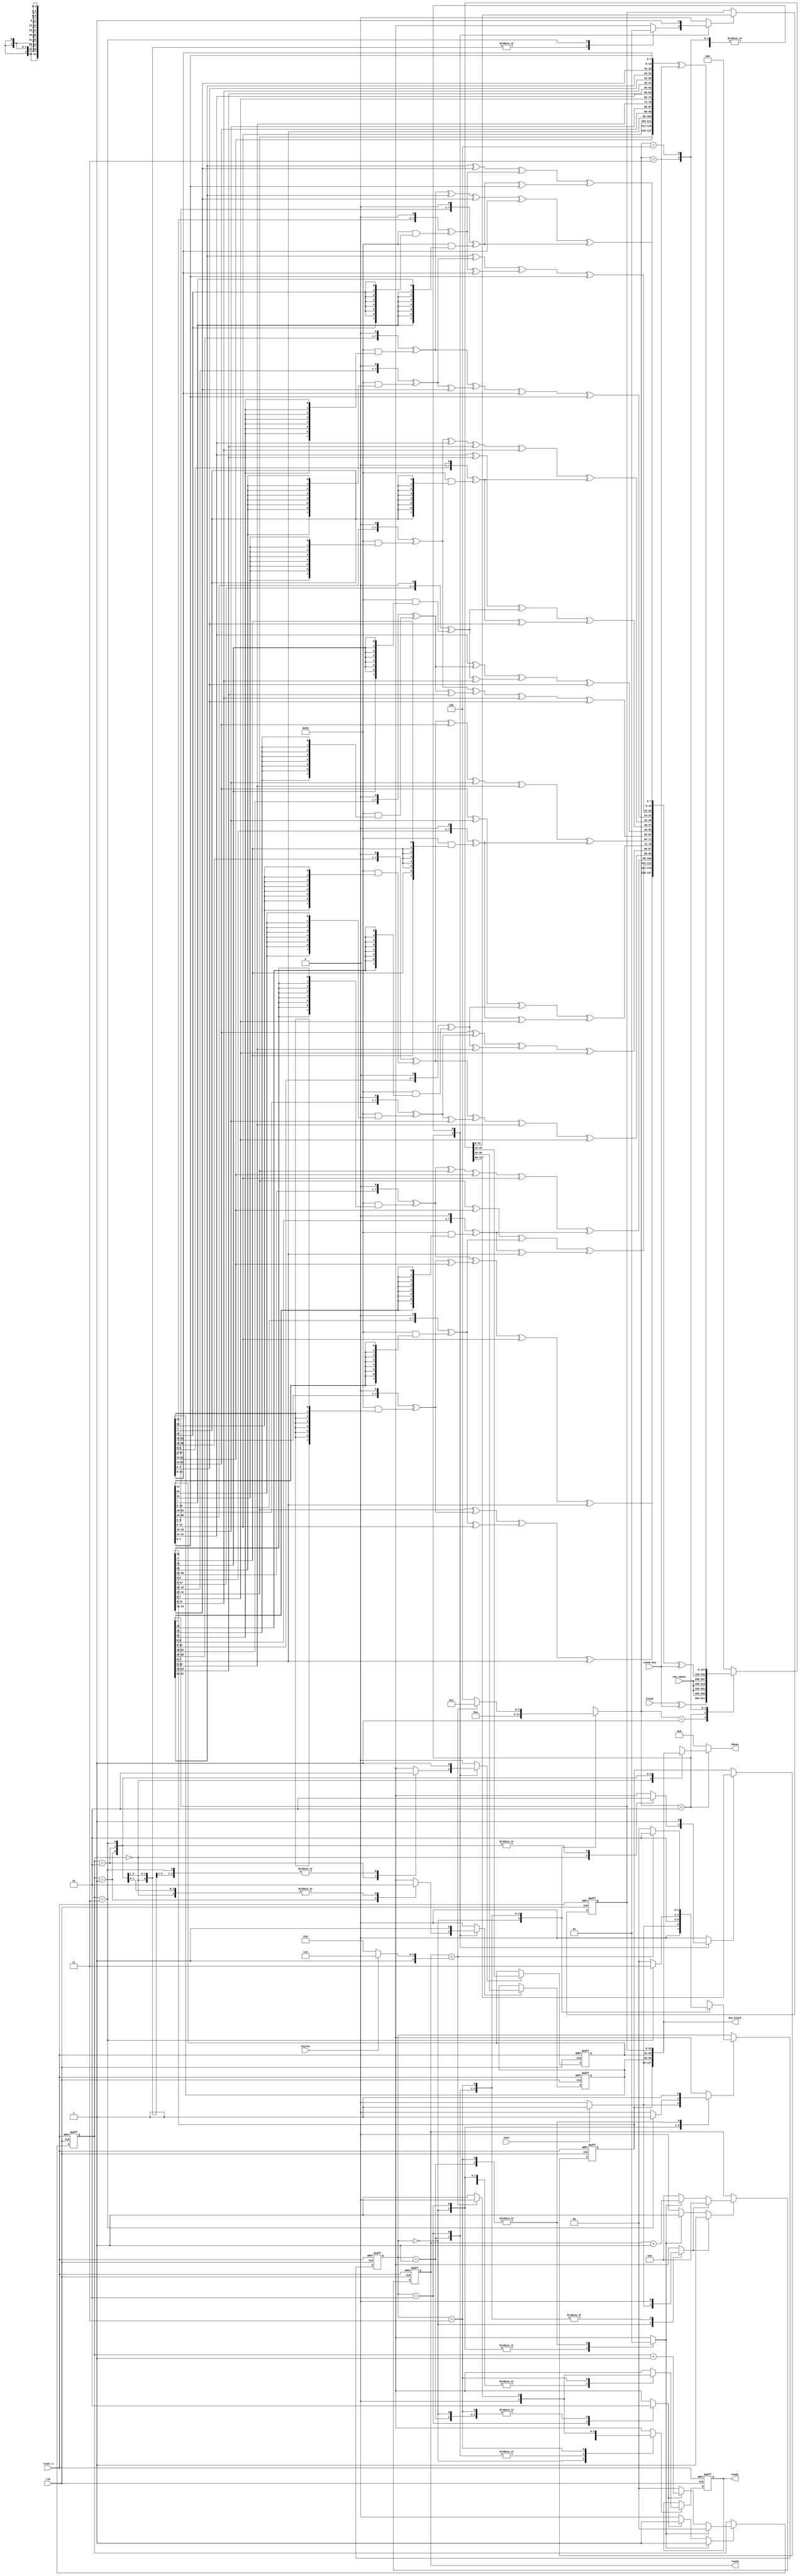
module aes_encipher_block(
                          input wire            clk,
                          input wire            reset_n,
                          input wire            next,
                          input wire            keylen,
                          output wire [3 : 0]   round,
                          input wire [127 : 0]  round_key,
                          output wire [31 : 0]  sboxw,
                          input wire  [31 : 0]  new_sboxw,
                          input wire [127 : 0]  block,
                          output wire [127 : 0] new_block,
                          output wire           ready
                         );
  // Internal constant and parameter definitions.
  localparam AES_128_BIT_KEY = 1'h0;
  localparam AES_256_BIT_KEY = 1'h1;
  localparam AES128_ROUNDS = 4'ha;
  localparam AES256_ROUNDS = 4'he;
  localparam NO_UPDATE    = 3'h0;
  localparam INIT_UPDATE  = 3'h1;
  localparam SBOX_UPDATE  = 3'h2;
  localparam MAIN_UPDATE  = 3'h3;
  localparam FINAL_UPDATE = 3'h4;
  localparam CTRL_IDLE  = 2'h0;
  localparam CTRL_INIT  = 2'h1;
  localparam CTRL_SBOX  = 2'h2;
  localparam CTRL_MAIN  = 2'h3;
  // Round functions with sub functions.
  function [7 : 0] gm2(input [7 : 0] op);
    begin
      gm2 = {op[6 : 0], 1'b0} ^ (8'h1b & {8{op[7]}});
    end
  endfunction // gm2
  function [7 : 0] gm3(input [7 : 0] op);
    begin
      gm3 = gm2(op) ^ op;
    end
  endfunction // gm3
  function [31 : 0] mixw(input [31 : 0] w);
    reg [7 : 0] b0, b1, b2, b3;
    reg [7 : 0] mb0, mb1, mb2, mb3;
    begin
      b0 = w[31 : 24];
      b1 = w[23 : 16];
      b2 = w[15 : 08];
      b3 = w[07 : 00];
      mb0 = gm2(b0) ^ gm3(b1) ^ b2      ^ b3;
      mb1 = b0      ^ gm2(b1) ^ gm3(b2) ^ b3;
      mb2 = b0      ^ b1      ^ gm2(b2) ^ gm3(b3);
      mb3 = gm3(b0) ^ b1      ^ b2      ^ gm2(b3);
      mixw = {mb0, mb1, mb2, mb3};
    end
  endfunction // mixw
  function [127 : 0] mixcolumns(input [127 : 0] data);
    reg [31 : 0] w0, w1, w2, w3;
    reg [31 : 0] ws0, ws1, ws2, ws3;
    begin
      w0 = data[127 : 096];
      w1 = data[095 : 064];
      w2 = data[063 : 032];
      w3 = data[031 : 000];
      ws0 = mixw(w0);
      ws1 = mixw(w1);
      ws2 = mixw(w2);
      ws3 = mixw(w3);
      mixcolumns = {ws0, ws1, ws2, ws3};
    end
  endfunction // mixcolumns
  function [127 : 0] shiftrows(input [127 : 0] data);
    reg [31 : 0] w0, w1, w2, w3;
    reg [31 : 0] ws0, ws1, ws2, ws3;
    begin
      w0 = data[127 : 096];
      w1 = data[095 : 064];
      w2 = data[063 : 032];
      w3 = data[031 : 000];
      ws0 = {w0[31 : 24], w1[23 : 16], w2[15 : 08], w3[07 : 00]};
      ws1 = {w1[31 : 24], w2[23 : 16], w3[15 : 08], w0[07 : 00]};
      ws2 = {w2[31 : 24], w3[23 : 16], w0[15 : 08], w1[07 : 00]};
      ws3 = {w3[31 : 24], w0[23 : 16], w1[15 : 08], w2[07 : 00]};
      shiftrows = {ws0, ws1, ws2, ws3};
    end
  endfunction // shiftrows
  function [127 : 0] addroundkey(input [127 : 0] data, input [127 : 0] rkey);
    begin
      addroundkey = data ^ rkey;
    end
  endfunction // addroundkey
  // Registers including update variables and write enable.
  reg [1 : 0]   sword_ctr_reg;
  reg [1 : 0]   sword_ctr_new;
  reg           sword_ctr_we;
  reg           sword_ctr_inc;
  reg           sword_ctr_rst;
  reg [3 : 0]   round_ctr_reg;
  reg [3 : 0]   round_ctr_new;
  reg           round_ctr_we;
  reg           round_ctr_rst;
  reg           round_ctr_inc;
  reg [127 : 0] block_new;
  reg [31 : 0]  block_w0_reg;
  reg [31 : 0]  block_w1_reg;
  reg [31 : 0]  block_w2_reg;
  reg [31 : 0]  block_w3_reg;
  reg           block_w0_we;
  reg           block_w1_we;
  reg           block_w2_we;
  reg           block_w3_we;
  reg           ready_reg;
  reg           ready_new;
  reg           ready_we;
  reg [1 : 0]   enc_ctrl_reg;
  reg [1 : 0]   enc_ctrl_new;
  reg           enc_ctrl_we;
  // Wires.
  reg [2 : 0]  update_type;
  reg [31 : 0] muxed_sboxw;
  // Concurrent connectivity for ports etc.
  assign round     = round_ctr_reg;
  assign sboxw     = muxed_sboxw;
  assign new_block = {block_w0_reg, block_w1_reg, block_w2_reg, block_w3_reg};
  assign ready     = ready_reg;
  // reg_update
  // Update functionality for all registers in the core.
  // All registers are positive edge triggered with asynchronous
  // active low reset. All registers have write enable.
  always @ (posedge clk or negedge reset_n)
    begin: reg_update
      if (!reset_n)
        begin
          block_w0_reg  <= 32'h0;
          block_w1_reg  <= 32'h0;
          block_w2_reg  <= 32'h0;
          block_w3_reg  <= 32'h0;
          sword_ctr_reg <= 2'h0;
          round_ctr_reg <= 4'h0;
          ready_reg     <= 1'b1;
          enc_ctrl_reg  <= CTRL_IDLE;
        end
      else
        begin
          if (block_w0_we)
            block_w0_reg <= block_new[127 : 096];
          if (block_w1_we)
            block_w1_reg <= block_new[095 : 064];
          if (block_w2_we)
            block_w2_reg <= block_new[063 : 032];
          if (block_w3_we)
            block_w3_reg <= block_new[031 : 000];
          if (sword_ctr_we)
            sword_ctr_reg <= sword_ctr_new;
          if (round_ctr_we)
            round_ctr_reg <= round_ctr_new;
          if (ready_we)
            ready_reg <= ready_new;
          if (enc_ctrl_we)
            enc_ctrl_reg <= enc_ctrl_new;
        end
    end // reg_update
  // round_logic
  // The logic needed to implement init, main and final rounds.
  always @*
    begin : round_logic
      reg [127 : 0] old_block, shiftrows_block, mixcolumns_block;
      reg [127 : 0] addkey_init_block, addkey_main_block, addkey_final_block;
      block_new   = 128'h0;
      muxed_sboxw = 32'h0;
      block_w0_we = 1'b0;
      block_w1_we = 1'b0;
      block_w2_we = 1'b0;
      block_w3_we = 1'b0;
      old_block          = {block_w0_reg, block_w1_reg, block_w2_reg, block_w3_reg};
      shiftrows_block    = shiftrows(old_block);
      mixcolumns_block   = mixcolumns(shiftrows_block);
      addkey_init_block  = addroundkey(block, round_key);
      addkey_main_block  = addroundkey(mixcolumns_block, round_key);
      addkey_final_block = addroundkey(shiftrows_block, round_key);
      case (update_type)
        INIT_UPDATE:
          begin
            block_new    = addkey_init_block;
            block_w0_we  = 1'b1;
            block_w1_we  = 1'b1;
            block_w2_we  = 1'b1;
            block_w3_we  = 1'b1;
          end
        SBOX_UPDATE:
          begin
            block_new = {new_sboxw, new_sboxw, new_sboxw, new_sboxw};
            case (sword_ctr_reg)
              2'h0:
                begin
                  muxed_sboxw = block_w0_reg;
                  block_w0_we = 1'b1;
                end
              2'h1:
                begin
                  muxed_sboxw = block_w1_reg;
                  block_w1_we = 1'b1;
                end
              2'h2:
                begin
                  muxed_sboxw = block_w2_reg;
                  block_w2_we = 1'b1;
                end
              2'h3:
                begin
                  muxed_sboxw = block_w3_reg;
                  block_w3_we = 1'b1;
                end
            endcase // case (sbox_mux_ctrl_reg)
          end
        MAIN_UPDATE:
          begin
            block_new    = addkey_main_block;
            block_w0_we  = 1'b1;
            block_w1_we  = 1'b1;
            block_w2_we  = 1'b1;
            block_w3_we  = 1'b1;
          end
        FINAL_UPDATE:
          begin
            block_new    = addkey_final_block;
            block_w0_we  = 1'b1;
            block_w1_we  = 1'b1;
            block_w2_we  = 1'b1;
            block_w3_we  = 1'b1;
          end
        default:
          begin
          end
      endcase // case (update_type)
    end // round_logic
  // sword_ctr
  // The subbytes word counter with reset and increase logic.
  always @*
    begin : sword_ctr
      sword_ctr_new = 2'h0;
      sword_ctr_we  = 1'b0;
      if (sword_ctr_rst)
        begin
          sword_ctr_new = 2'h0;
          sword_ctr_we  = 1'b1;
        end
      else if (sword_ctr_inc)
        begin
          sword_ctr_new = sword_ctr_reg + 1'b1;
          sword_ctr_we  = 1'b1;
        end
    end // sword_ctr
  // round_ctr
  // The round counter with reset and increase logic.
  always @*
    begin : round_ctr
      round_ctr_new = 4'h0;
      round_ctr_we  = 1'b0;
      if (round_ctr_rst)
        begin
          round_ctr_new = 4'h0;
          round_ctr_we  = 1'b1;
        end
      else if (round_ctr_inc)
        begin
          round_ctr_new = round_ctr_reg + 1'b1;
          round_ctr_we  = 1'b1;
        end
    end // round_ctr
  // encipher_ctrl
  // The FSM that controls the encipher operations.
  always @*
    begin: encipher_ctrl
      reg [3 : 0] num_rounds;
      // Default assignments.
      sword_ctr_inc = 1'b0;
      sword_ctr_rst = 1'b0;
      round_ctr_inc = 1'b0;
      round_ctr_rst = 1'b0;
      ready_new     = 1'b0;
      ready_we      = 1'b0;
      update_type   = NO_UPDATE;
      enc_ctrl_new  = CTRL_IDLE;
      enc_ctrl_we   = 1'b0;
      if (keylen == AES_256_BIT_KEY)
        begin
          num_rounds = AES256_ROUNDS;
        end
      else
        begin
          num_rounds = AES128_ROUNDS;
        end
      case(enc_ctrl_reg)
        CTRL_IDLE:
          begin
            if (next)
              begin
                round_ctr_rst = 1'b1;
                ready_new     = 1'b0;
                ready_we      = 1'b1;
                enc_ctrl_new  = CTRL_INIT;
                enc_ctrl_we   = 1'b1;
              end
          end
        CTRL_INIT:
          begin
            round_ctr_inc = 1'b1;
            sword_ctr_rst = 1'b1;
            update_type   = INIT_UPDATE;
            enc_ctrl_new  = CTRL_SBOX;
            enc_ctrl_we   = 1'b1;
          end
        CTRL_SBOX:
          begin
            sword_ctr_inc = 1'b1;
            update_type   = SBOX_UPDATE;
            if (sword_ctr_reg == 2'h3)
              begin
                enc_ctrl_new  = CTRL_MAIN;
                enc_ctrl_we   = 1'b1;
              end
          end
        CTRL_MAIN:
          begin
            sword_ctr_rst = 1'b1;
            round_ctr_inc = 1'b1;
            if (round_ctr_reg < num_rounds)
              begin
                update_type   = MAIN_UPDATE;
                enc_ctrl_new  = CTRL_SBOX;
                enc_ctrl_we   = 1'b1;
              end
            else
              begin
                update_type  = FINAL_UPDATE;
                ready_new    = 1'b1;
                ready_we     = 1'b1;
                enc_ctrl_new = CTRL_IDLE;
                enc_ctrl_we  = 1'b1;
              end
          end
        default:
          begin
            // Empty. Just here to make the synthesis tool happy.
          end
      endcase // case (enc_ctrl_reg)
    end // encipher_ctrl
endmodule